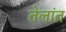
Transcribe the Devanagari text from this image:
तेलांत